Annual statistical returns and brief notes on vaccination in Bengal - 1909-1929
Year: 1909
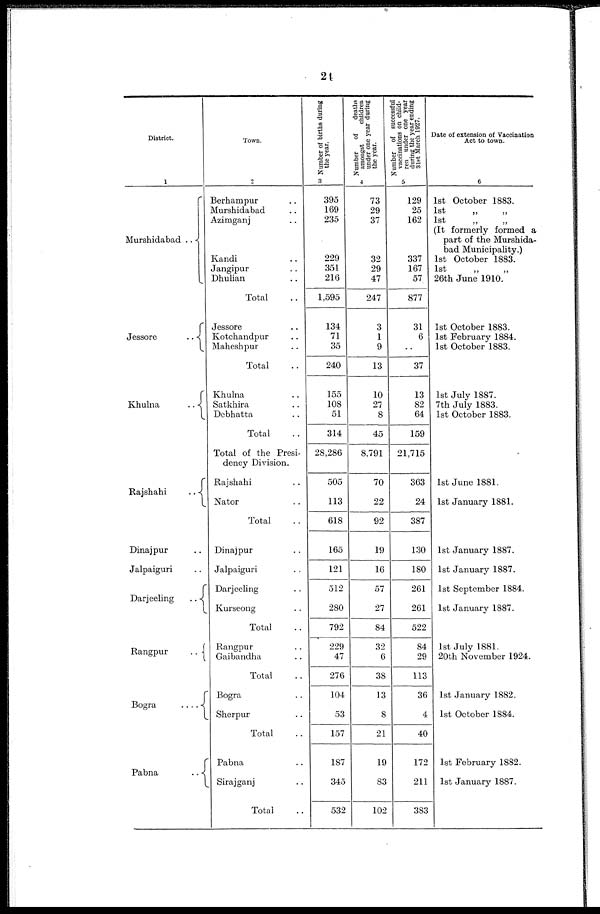
24
District.
1
Murshidabad ..
Jessore
..
Khuhia
..
Rajshahi
..
Dinajpur ..
Jalpaiguri ..
Darjeeling
..
Rangpur
..
Bogra
..
..
Pabna
..
Town.
2
Berhampur ..
Murshidabad ..
Azimganj ..
Kandi ..
Jangipur ..
Dhulian ..
Total ..
Jessore ..
Kotchandpur ..
Maheshpur ..
Total ..
Khulna ..
Satkhira ..
Debhatta ..
Total ..
Total of the Presi-
dency Division.
Rajshahi ..
Nator ..
Total
Dinajpur ..
Jalpaiguri ..
Darjeeling ..
Kurseong ..
Total ..
Rangpur ..
Gaibandha ..
Total ..
Bogra ..
Sherpur ..
Total ..
Pabna ..
Sirajganj ..
Total ..
Number of births during
the year.
3
395
169
235
229
351
216
1,595
134
71
35
240
155
108
51
314
28,286
505
113
618
165
121
512
280
792
229
47
276
104
53
157
187
345
532
Number
of
deaths
amongst
children
under one year during
the year.
4
73
29
37
32
29
47
247
3
1
9
13
10
27
8
45
8,791
70
22
92
19
16
57
27
84
32
6
38
13
8
21
19
83
102
Number of successful
vaccinations on child-
ren under one year
during the year ending
31st March 1927.
5
129
25
162
337
167
57
877
31
6
..
37
13
82
64
159
21,715
363
24
387
130
180
261
261
522
84
29
113
36
4
40
172
211
383
Date of extension of Vaccination
Act to town.
6
1st October 1883.
1st
„
„
1st
„
„
(It formerly formed a
part of the Murshida-
bad Municipality.)
1st October 1883.
1st
„
„
26th June 1910.
1st October 1883.
1st February 1884.
1st October 1883.
1st July 1887.
7th July 1883.
1st October 1883.
1st June 1881.
1st January 1881.
1st January 1887.
1st January 1887.
1st September 1884.
1st January 1887.
1st July 1881.
20th November 1924.
..
1st January 1882.
1st October 1884.
1st February 1882.
1st January 1887.